Civil Veterinary Dept. North-West Frontier Province 1901-22 - 1901-1922
Year: 1901
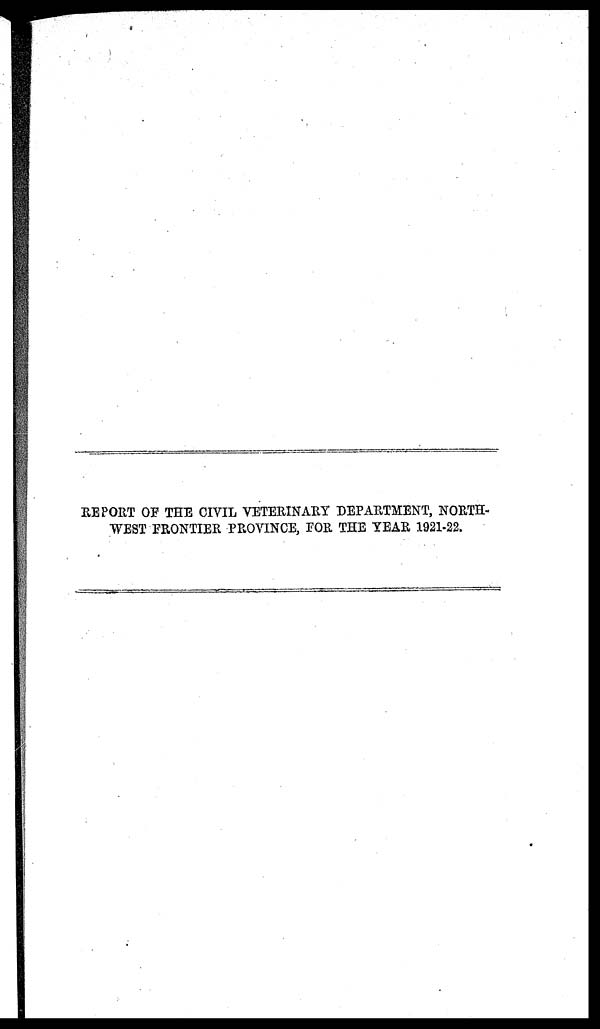
REPORT OF THE CIVIL VETERINARY DEPARTMENT, NORTH-
WEST FRONTIER PROVINCE, FOR THE YEAR 1921-22.